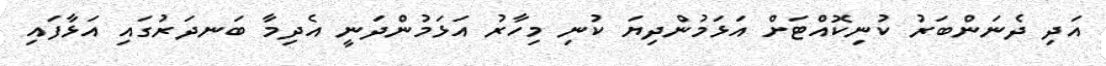
އަދި ދެނަންބަރު ކުނިކޮއްޓަށް އަޅަމުންދިޔަ ކުނި މިހާރު އަޅަމުންދަނީ އެދިމާ ބަނދަރުގައި އަޅާފައި